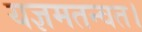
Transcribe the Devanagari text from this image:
यज्ञमतन्वत।